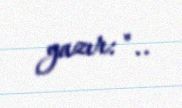
yazır: "..